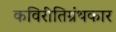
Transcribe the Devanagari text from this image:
कविरीतिग्रंथकार